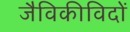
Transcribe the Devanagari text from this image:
जैविकीविदों